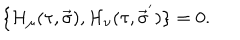
\lbrace { \cal H } _ { \mu } ( \tau , \vec { \sigma } ) , { \cal H } _ { \nu } ( \tau , { \vec { \sigma } } ^ { ' } ) \rbrace = 0 .